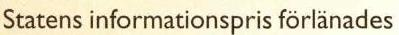
Statens informationspris förlänades